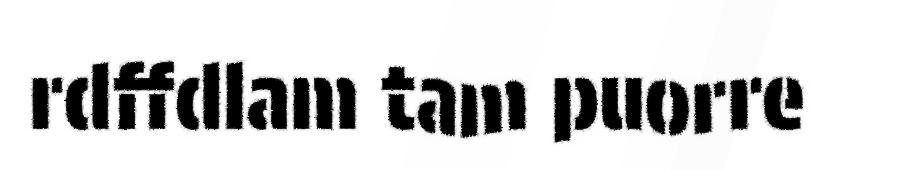
rdffdlam tam puorre